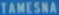
TAMESNA